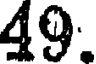
49.